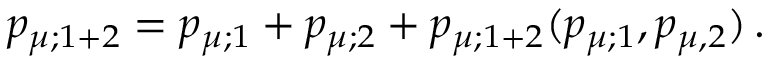
p _ { \mu ; 1 + 2 } = p _ { \mu ; 1 } + p _ { \mu ; 2 } + p _ { \mu ; 1 + 2 } ( p _ { \mu ; 1 } , p _ { \mu , 2 } ) \, .